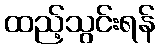
ထည့်သွင်းရန်